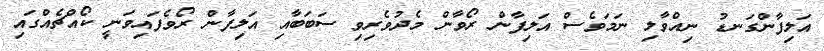
އަލިފާންގަނޑު ނިއްވާލި ނަމަވެސް އަލިފާން ރޯވާން މެދުވެރިވި ސަބަބާއި އަލިފާން ރޯވެފައިވަނީ ކޯއްޗެއްގައި